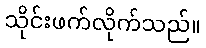
သိုင်းဖက်လိုက်သည်။